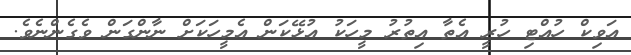
އަވިކް ހުއްޓި ހުރީ އެތާ އިތުރު މީހަކު އުޅޭކަން އެމީހަކަށް ނާންގަން ވެގެންނެވެ.